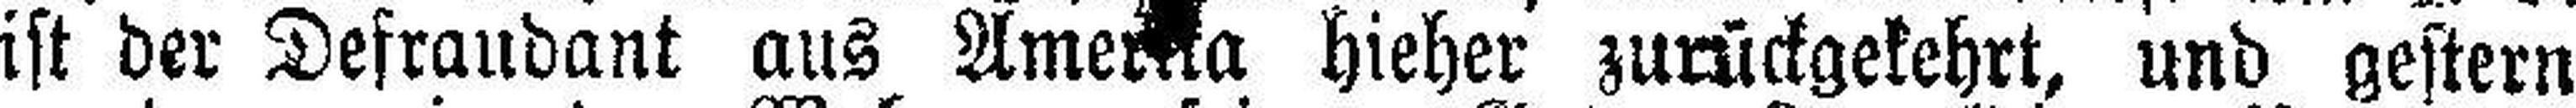
ist der Defraudant aus Amerika hieher zurückgekehrt, und gestern